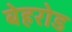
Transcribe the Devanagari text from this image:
बेहरोड